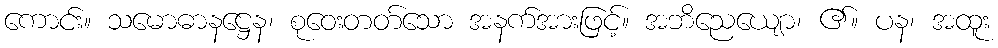
ကောင်း။ သမောဓာနဋ္ဌေန၊ စုဝေးတတ်သော အနက်အားဖြင့်။ အဘိညေယျော၊ ၏။ ပန၊ အထူး